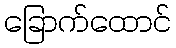
ခြောက်ထောင်